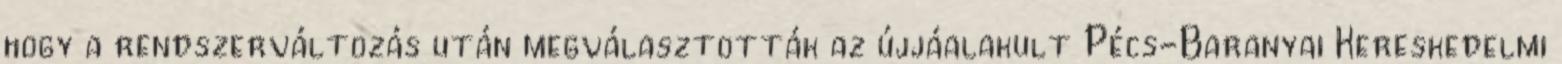
hogy a rendszerváltozás után megválasztották az újjáalakult Pécs-Baranyai Kereskedelmi